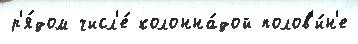
р'я́дом числ'е́ колонна́дой полов'и́н'е